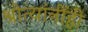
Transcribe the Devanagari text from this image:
श्रोत्यांनींही